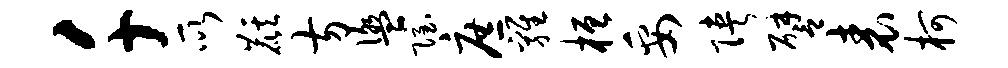
千所麒方盥隐庶鸡桓妥陕譬表柯